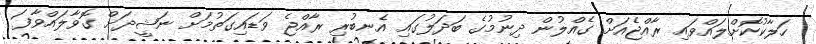
ހަލާކުކޮށްލައްވައި ރާއްޖެއަށް ގެއްލުން ދިނުމުގެ ބަދަލުގައި އެނބުރި ރާއްޖެ ވަޑައިގަތުމަށް ނަޝީދަށް ގޮވާލައްވާފަ